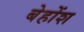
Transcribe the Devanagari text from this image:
बेहोंश